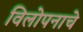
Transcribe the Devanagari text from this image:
विलोपनाचे